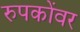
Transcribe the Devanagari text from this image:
रुपकोंवर